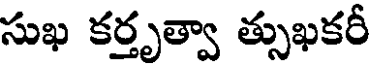
సుఖ కర్తృత్వా త్సుఖకరీ